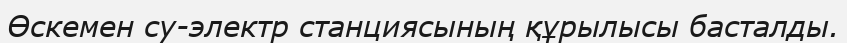
Өскемен су-электр станциясының құрылысы басталды.